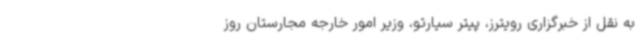
به نقل از خبرگزاری رویترز، پیتر سیارتو، وزیر امور خارجه مجارستان روز